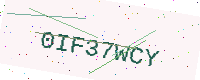
Text: 0IF37WCY